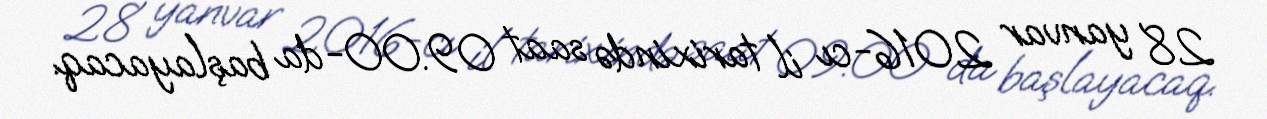
28 yanvar 2016-cı il tarixində saat 09.00-da başlayacaq.